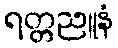
ရတ္တညူနံ